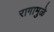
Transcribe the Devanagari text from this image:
रागामुळे